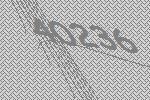
40236